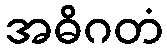
အဓိဂတံ